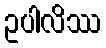
ဥပါလိဿ